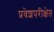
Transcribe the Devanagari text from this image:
प्रवेशपरीक्षेत